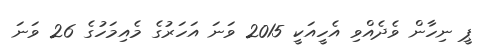
ޕީ ނިހާން ވެދެއްވި އެހީއަކީ 2015 ވަނަ އަހަރުގެ މެއިމަހުގެ 26 ވަނަ